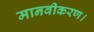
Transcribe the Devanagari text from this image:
मानवीकरण।